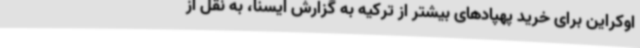
اوکراین برای خرید پهپادهای بیشتر از ترکیه به گزارش ایسنا، به نقل از